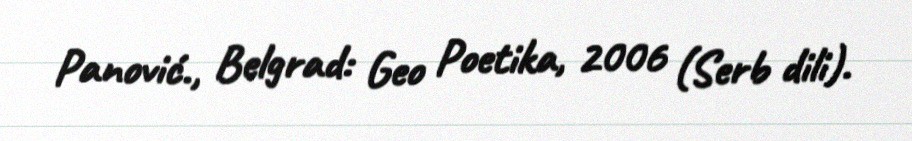
Panović., Belgrad: Geo Poetika, 2006 (Serb dili).